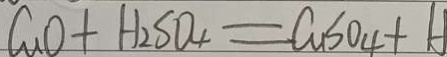
C u O + H _ { 2 } S O _ { 4 } = C u S O _ { 4 } + H